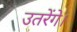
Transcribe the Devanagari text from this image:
उतरेंगे।